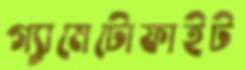
গ্যামেটোফাইট